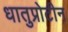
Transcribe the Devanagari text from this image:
धातुप्रोटीन